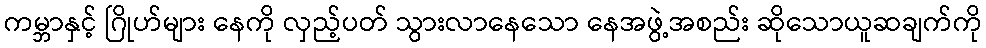
ကမ္ဘာနှင့် ဂြိုဟ်များ နေကို လှည့်ပတ် သွားလာနေသော နေအဖွဲ့အစည်း ဆိုသောယူဆချက်ကို